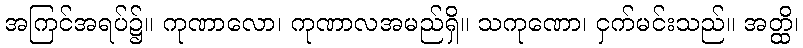
အကြင်အရပ်၌။ ကုဏာလော၊ ကုဏာလအမည်ရှိ။ သကုဏော၊ ငှက်မင်းသည်။ အတ္ထိ၊